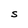
Character: S